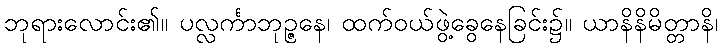
ဘုရားလောင်း၏။ ပလ္လင်္ကာဘုဉ္ဇနေ၊ ထက်ဝယ်ဖွဲ့ခွေနေခြင်း၌။ ယာနိနိမိတ္တာနိ၊